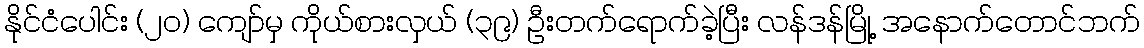
နိုင်ငံပေါင်း (၂ဝ) ကျော်မှ ကိုယ်စားလှယ် (၃၉) ဦးတက်ရောက်ခဲ့ပြီး လန်ဒန်မြို့ အနောက်တောင်ဘက်